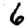
Digit: 6